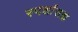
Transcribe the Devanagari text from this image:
स्पर्शासह्य